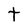
Character: t